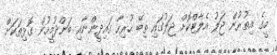
މީގެ އިތުރުން ޖަލު އެލާޓްކޮށް ޖަލުގައި ތިބޭ ހުރިހާ ގައިދީންނާއި ބަންދުމީހުން ގޮޅިތަކަށް